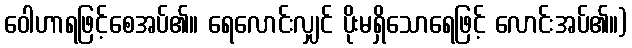
ဝေါဟာရဖြင့်စေအပ်၏။ ရေလောင်းလျှင် ပိုးမရှိသောရေဖြင့် လောင်းအပ်၏။)